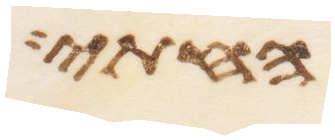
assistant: החתי